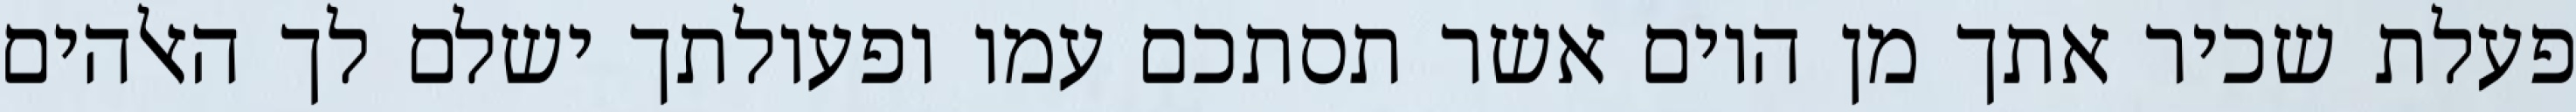
פעלת שכיר אתך מן היום אשר תסתכם עמו ופעולתך ישלם לך האלהים